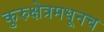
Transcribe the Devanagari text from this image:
कुरुक्षेत्रमधूनच